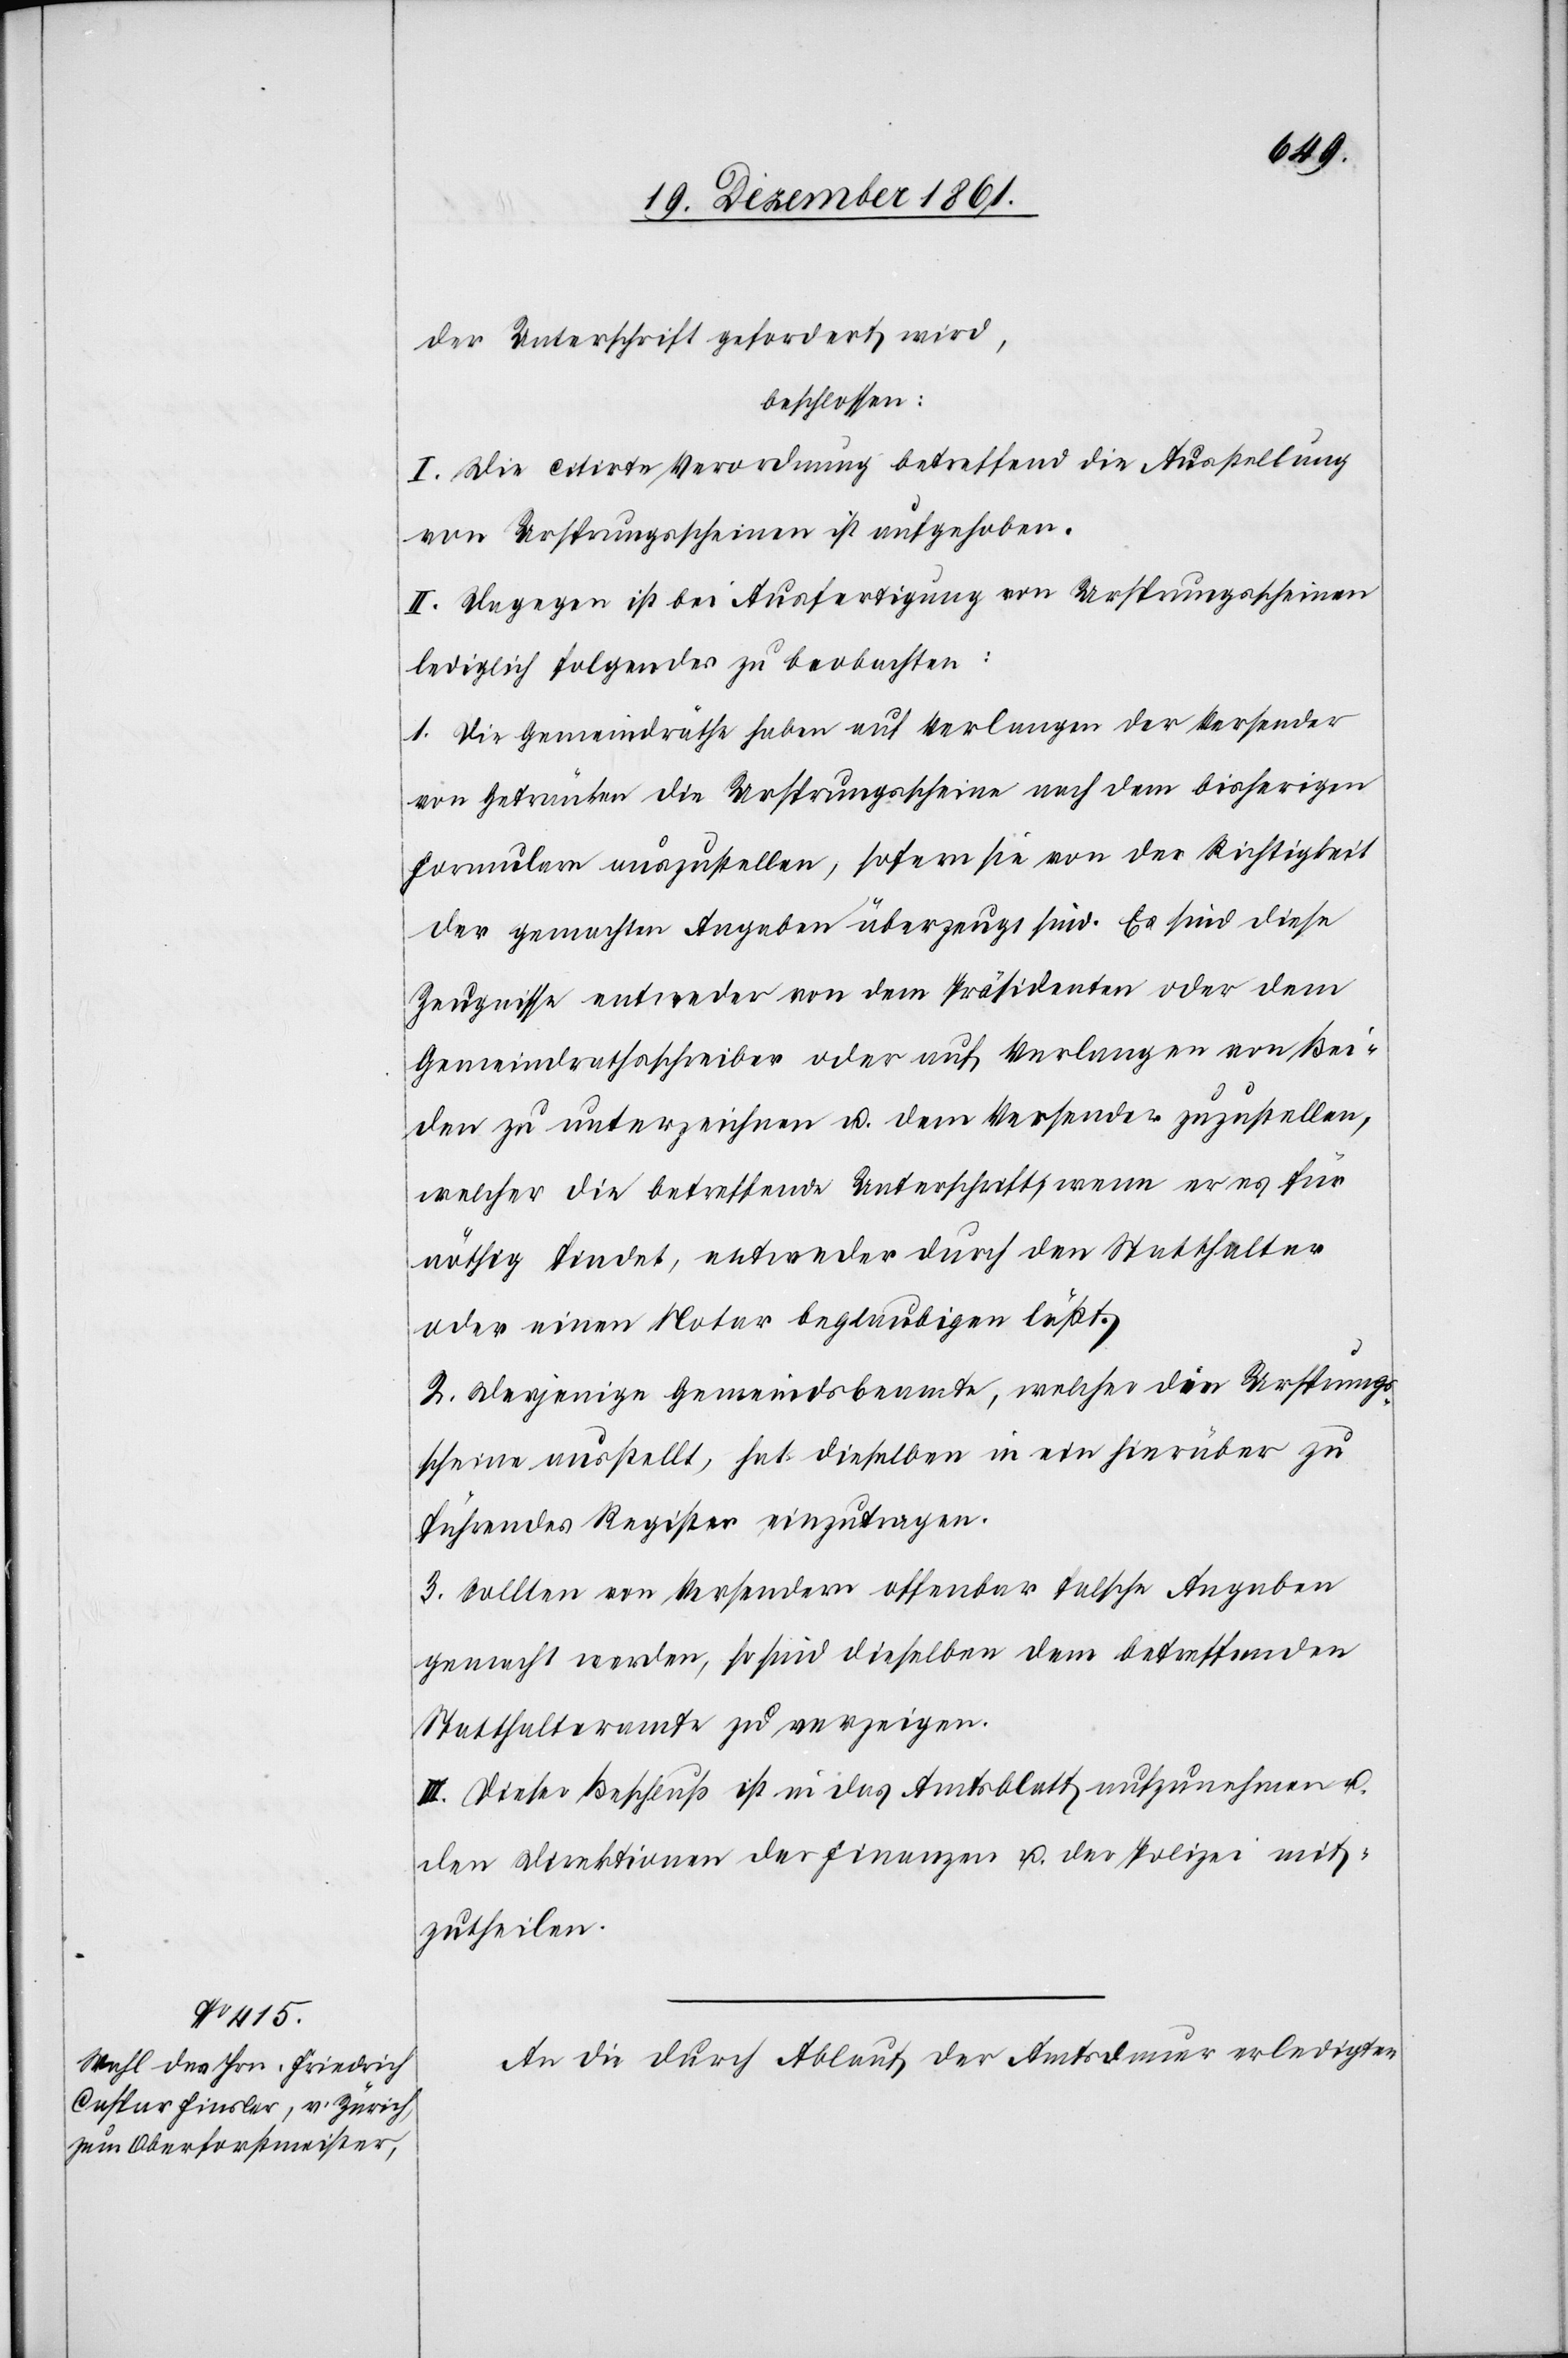
der Unterschrift gefordert wird,
beschlossen:
I. Die citirte Verordnung betreffend die Ausstellung
von Ursprungsscheinen ist aufgehoben.
II. Dagegen ist bei Ausfertigung von Ursprungsscheinen
lediglich folgendes zu beobachten:
1. Die Gemeindräthe haben auf Verlangen der Versender
von Getränken die Ursprungsscheine nach dem bisherigen
Formulare auszustellen, sofern sie von der Richtigkeit
der gemachten Angaben überzeugt sind. Es sind diese
Zeugnisse entweder von dem Präsidenten oder dem
Gemeindsrathsschreiber oder auf Verlangen von Bei¬
den zu unterzeichnen u. dem Versender zuzustellen,
welcher die betreffende Unterschrift wenn er es für
nöthig findet, entweder durch den Statthalter
oder einen Notar beglaubigen lässt.
2. Derjenige Gemeindsbeamte, welcher die Ursprungs¬
scheine ausstellt, hat dieselben in ein hierüber zu
führendes Register einzutragen.
3. Sollten von Versendern offenbar falsche Angaben
gemacht werden, so sind dieselben dem betreffenden
Statthalteramte zu verzeigen.
III. Dieser Beschluß ist in das Amtsblatt aufzunehmen u.
den Direktionen der Finanzen u. der Polizei mit¬
zutheiln.
An die durch Ablauf der Amtsdauer erledigten